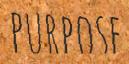
PURPOSE